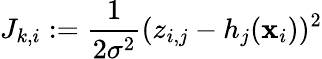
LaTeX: J_{k,i}:=\frac{1}{2\sigma^{2}}(z_{i,j}-h_{j}(\mathbf{x}_{i}))^{2}